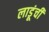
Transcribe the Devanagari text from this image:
लाडूंची